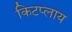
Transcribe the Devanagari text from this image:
किटप्लाय